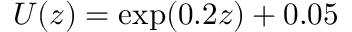
U ( z ) = \exp ( 0 . 2 z ) + 0 . 0 5